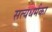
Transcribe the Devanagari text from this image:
सत्यधर्मका